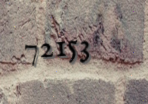
72153